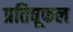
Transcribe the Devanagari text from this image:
प्रतिवूफल